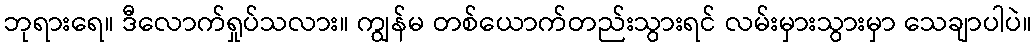
ဘုရားရေ။ ဒီလောက်ရှုပ်သလား။ ကျွန်မ တစ်ယောက်တည်းသွားရင် လမ်းမှားသွားမှာ သေချာပါပဲ။